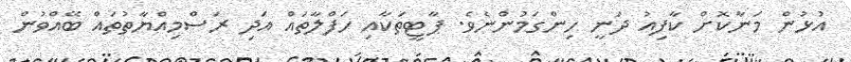
އުޅުން މަނާކޮށް ކާފިއު ދަނީ ހިންގަމުންނެވެ. ޕާޓީތަކާއި ހަފްލާތައް އަދި ރަސްމިއްޔާތުތައް ބޭއްވުން